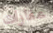
عقارات